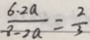
\frac { 6 . 2 a } { 8 - 2 a } = \frac { 2 } { 3 }